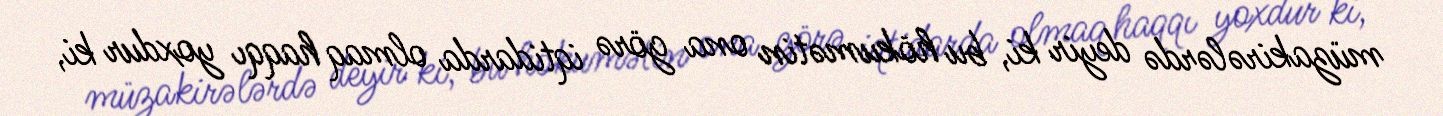
müzakirələrdə deyir ki, bu hökumətin ona görə iqtidarda olmaq haqqı yoxdur ki,